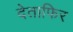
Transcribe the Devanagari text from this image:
देताफिर